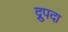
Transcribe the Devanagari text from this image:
द्रुपदा